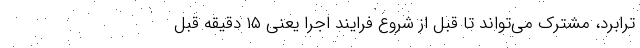
ترابرد، مشترک می‌تواند تا قبل از شروع فرایند اجرا یعنی ۱۵ دقیقه قبل